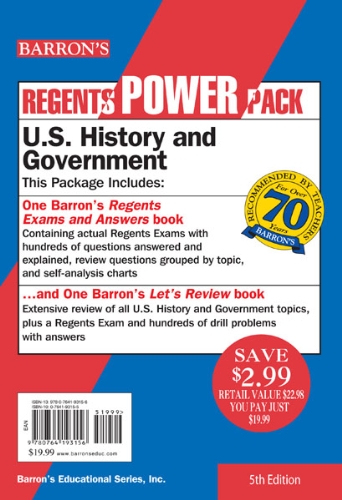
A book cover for U.S. History and Government Power Pack (Regents Power Packs); John McGeehan; Test Preparation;